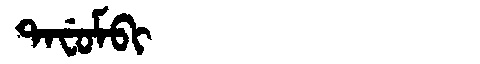
Manchu: ᡨᠠᠸᡠᠮᠪᡳ
Romanization: TAFUMBI